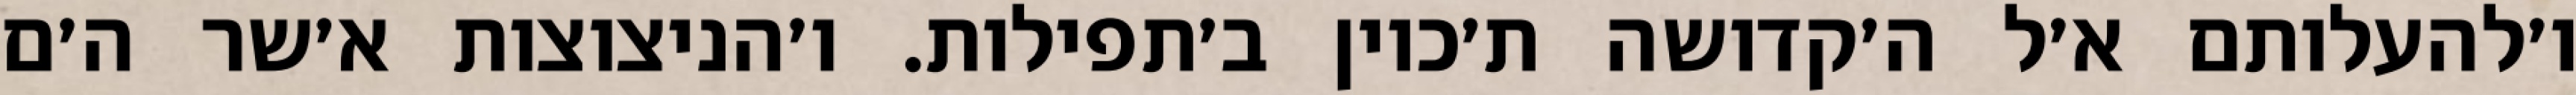
ו׳להעלותם א׳ל ה׳קדושה ת׳כוין ב׳תפילות. ו׳הניצוצות א׳שר ה׳ם